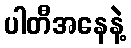
ပါတီအနေနဲ့